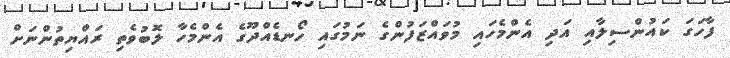
ފާހަގަ ކައުންސިލާއި އަދި އެންމެހައި މުވައްޒަފުންގެ ނަމުގައި ހޯނޑެއްދޫގެ އެންމެހާ ލޮބުވެތި ރައްޔިތުންނަށް